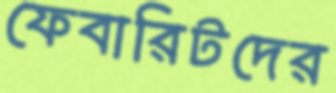
ফেবারিটদের